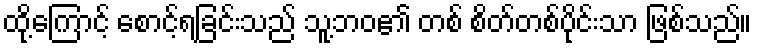
ထို့ကြောင့် စောင့်ရခြင်းသည် သူ့ဘဝ၏ တစ် စိတ်တစ်ပိုင်းသာ ဖြစ်သည်။